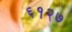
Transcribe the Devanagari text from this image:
६१२७